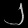
Digit: ၂